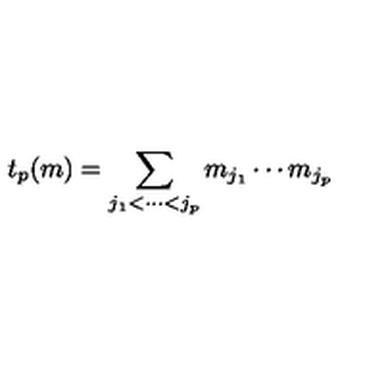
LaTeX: t _ { p } ( m ) = \sum _ { j _ { 1 } < \cdots < j _ { p } } m _ { j _ { 1 } } \cdots m _ { j _ { p } }